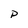
Character: p